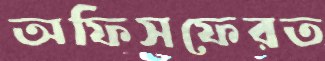
অফিসফেরত